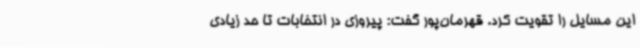
این مسایل را تقویت کرد. قهرمان‌پور گفت: پیروزی در انتخابات تا حد زیادی